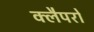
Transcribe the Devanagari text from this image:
क्लैपरों